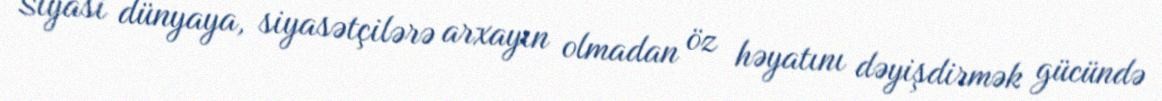
Siyasi dünyaya, siyasətçilərə arxayın olmadan öz həyatını dəyişdirmək gücündə